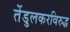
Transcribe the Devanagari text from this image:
तेंडुलकरविरुद्ध